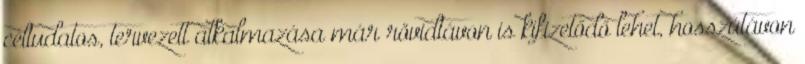
céltudatos, tervezett alkalmazása már rövidtávon is kifizetődő lehet, hosszútávon